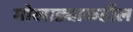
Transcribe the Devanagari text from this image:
मोखाड्याकडील